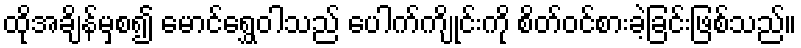
ထိုအချိန်မှစ၍ မောင်ရွှေဝါသည် ပေါက်ကျိုင်းကို စိတ်ဝင်စားခဲ့ခြင်းဖြစ်သည်။